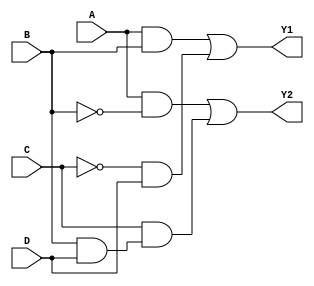
module combinational_logic_block (
    input wire A,    // Input A
    input wire B,    // Input B
    input wire C,    // Input C
    input wire D,    // Input D
    output wire Y1,  // Output Y1
    output wire Y2   // Output Y2
);

// Intermediate signals for internal logic
wire AB;        // A AND B
wire notC;     // NOT C
wire BD;       // B AND D

// Logic expression derived from simplification and K-map grouping
assign AB  = A & B;                    // AND gate
assign notC = ~C;                       // NOT gate
assign BD   = B & D;                   // AND gate

// Final outputs Y1 and Y2 based on minimized expressions
assign Y1 = AB | (notC & D);           // Y1 = AB + (~C * D)
assign Y2 = (A & ~B) | (C & BD);       // Y2 = (A & ~B) + (C & B & D)

endmodule